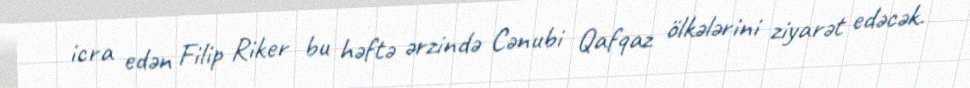
icra edən Filip Riker bu həftə ərzində Cənubi Qafqaz ölkələrini ziyarət edəcək.